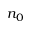
n _ { 0 }